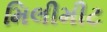
મિલીમીટ